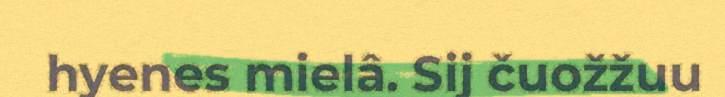
hyenes mielâ. Sij čuožžuu